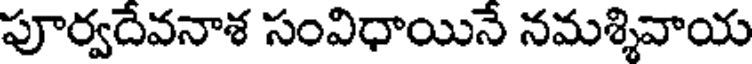
పూర్వదేవనాశ సంవిధాయినే నమశ్శివాయ